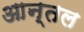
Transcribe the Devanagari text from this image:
आन्तल